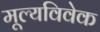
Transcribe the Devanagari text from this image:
मूल्यविवेक